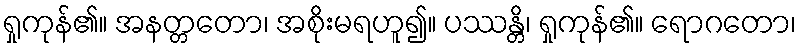
ရှုကုန်၏။ အနတ္တတော၊ အစိုးမရဟူ၍။ ပဿန္တိ၊ ရှုကုန်၏။ ရောဂတော၊